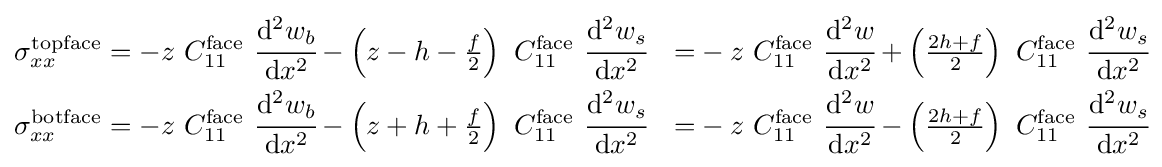
{\begin{aligned}\sigma _{xx}^{\mathrm {topface} }&=-z~C_{11}^{\mathrm {face} }~{\cfrac {\mathrm {d} ^{2}w_{b}}{\mathrm {d} x^{2}}}-\left(z-h-{\tfrac {f}{2}}\right)~C_{11}^{\mathrm {face} }~{\cfrac {\mathrm {d} ^{2}w_{s}}{\mathrm {d} x^{2}}}&=&-z~C_{11}^{\mathrm {face} }~{\cfrac {\mathrm {d} ^{2}w}{\mathrm {d} x^{2}}}+\left({\tfrac {2h+f}{2}}\right)~C_{11}^{\mathrm {face} }~{\cfrac {\mathrm {d} ^{2}w_{s}}{\mathrm {d} x^{2}}}\\\sigma _{xx}^{\mathrm {botface} }&=-z~C_{11}^{\mathrm {face} }~{\cfrac {\mathrm {d} ^{2}w_{b}}{\mathrm {d} x^{2}}}-\left(z+h+{\tfrac {f}{2}}\right)~C_{11}^{\mathrm {face} }~{\cfrac {\mathrm {d} ^{2}w_{s}}{\mathrm {d} x^{2}}}&=&-z~C_{11}^{\mathrm {face} }~{\cfrac {\mathrm {d} ^{2}w}{\mathrm {d} x^{2}}}-\left({\tfrac {2h+f}{2}}\right)~C_{11}^{\mathrm {face} }~{\cfrac {\mathrm {d} ^{2}w_{s}}{\mathrm {d} x^{2}}}\end{aligned}}